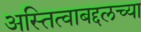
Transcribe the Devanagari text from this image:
अस्तित्वाबद्दलच्या